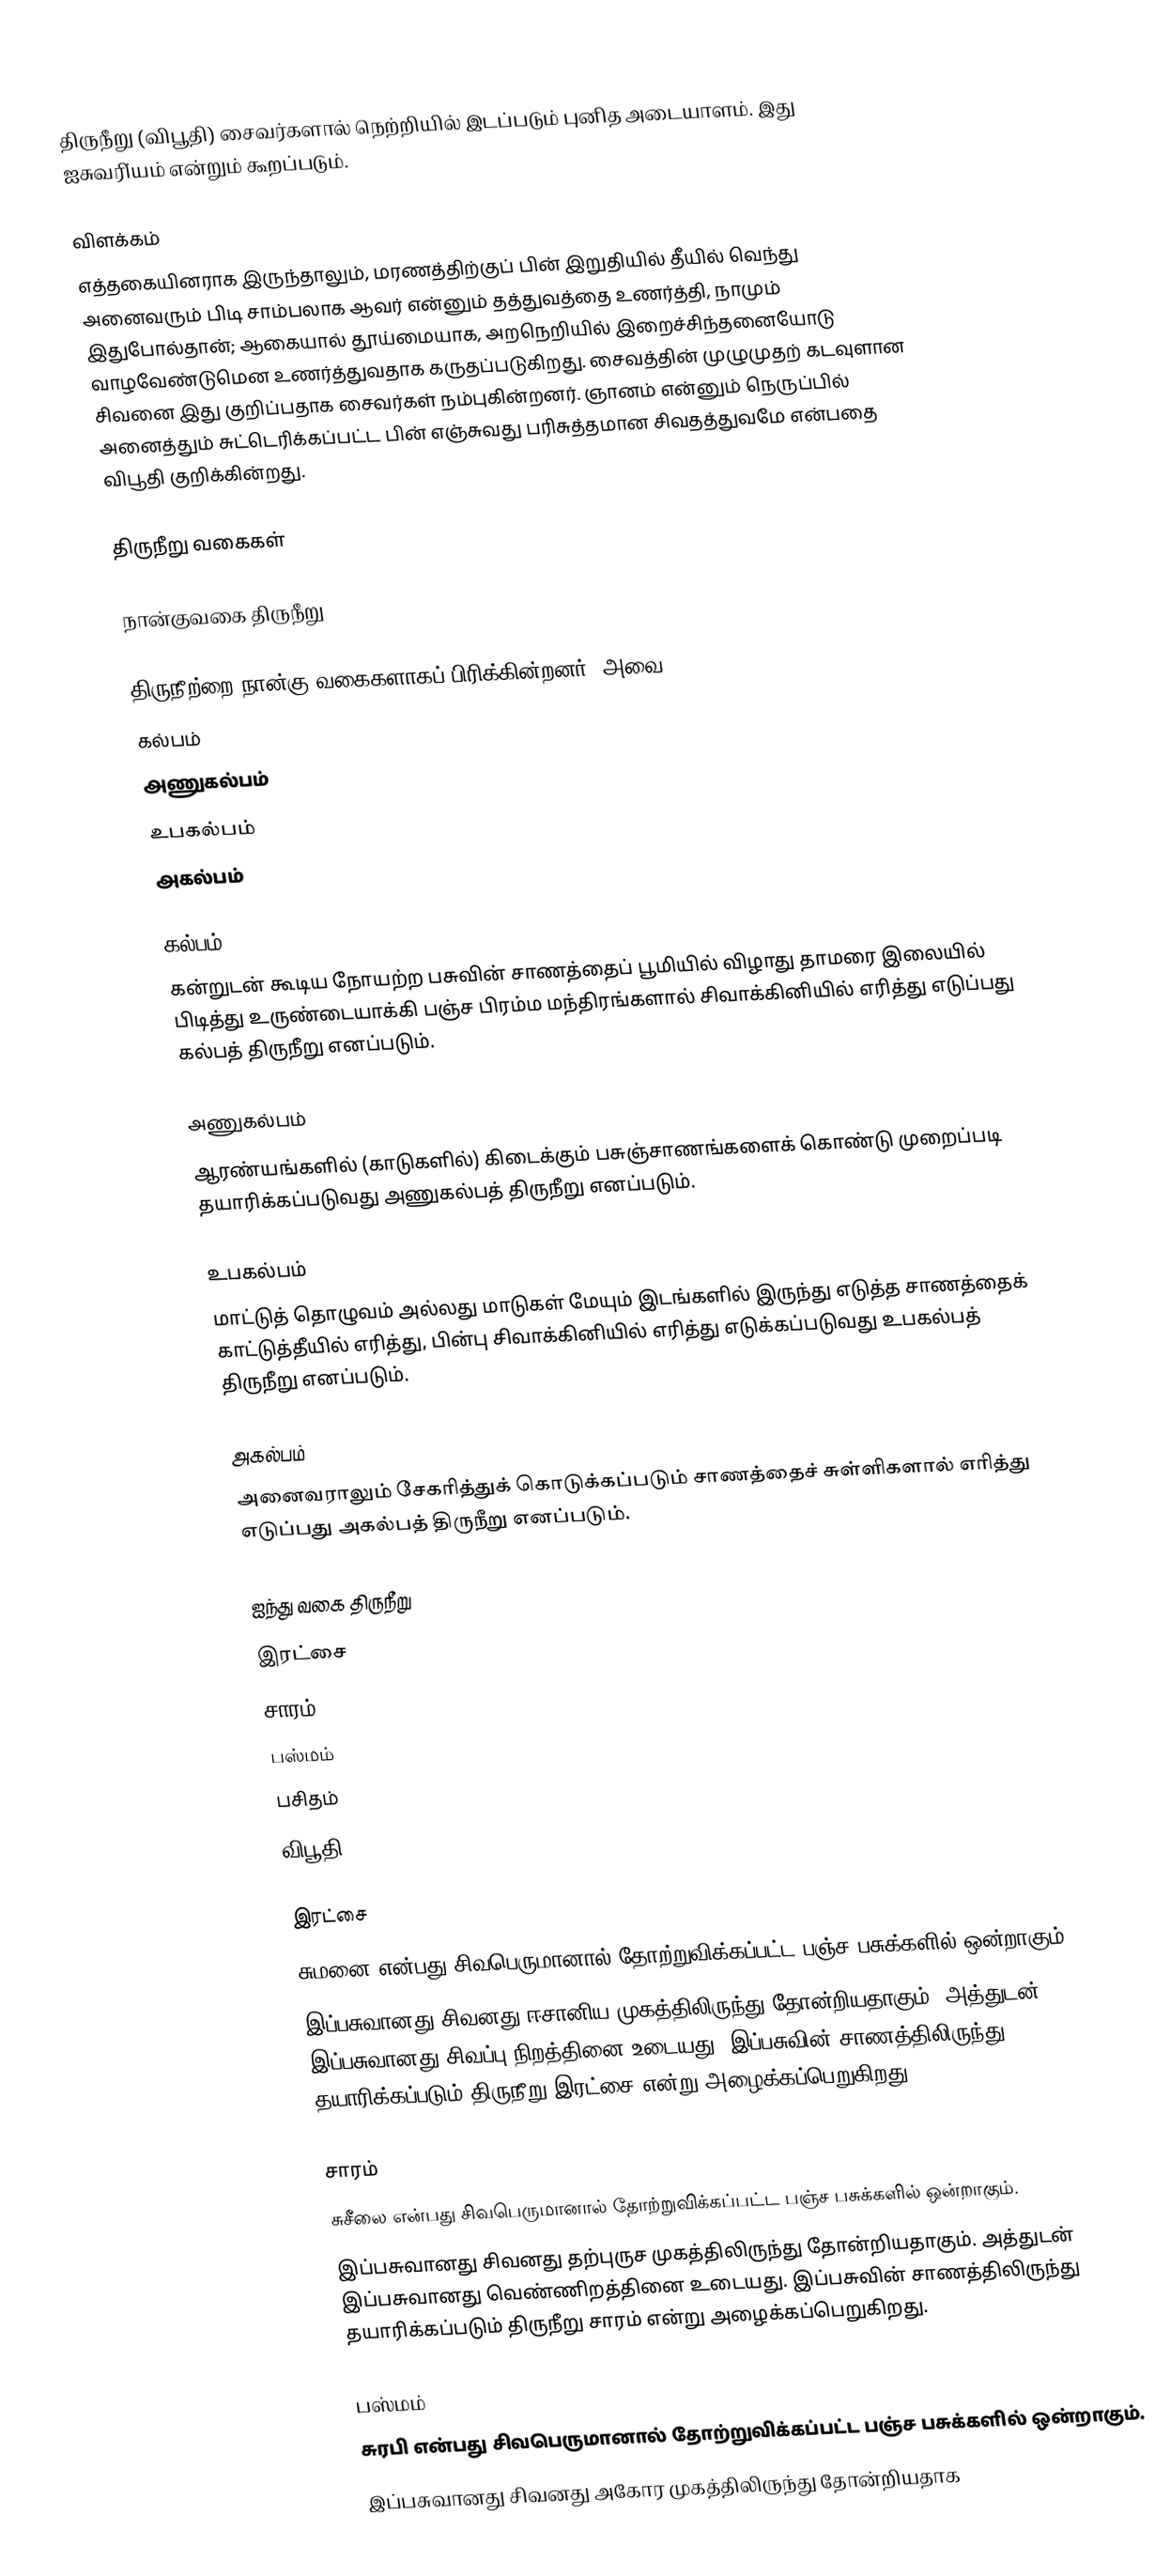
திருநீறு (விபூதி) சைவர்களால் நெற்றியில் இடப்படும் புனித அடையாளம். இது ஐசுவரி்யம் என்றும் கூறப்படும்.

விளக்கம்
எத்தகையினராக இருந்தாலும், மரணத்திற்குப் பின் இறுதியில் தீயில் வெந்து அனைவரும் பிடி சாம்பலாக ஆவர் என்னும் தத்துவத்தை உணர்த்தி, நாமும் இதுபோல்தான்; ஆகையால் தூய்மையாக, அறநெறியில் இறைச்சிந்தனையோடு வாழவேண்டுமென உணர்த்துவதாக கருதப்படுகிறது. சைவத்தின் முழுமுதற் கடவுளான சிவனை இது குறிப்பதாக சைவர்கள் நம்புகின்றனர். ஞானம் என்னும் நெருப்பில் அனைத்தும் சுட்டெரிக்கப்பட்ட பின் எஞ்சுவது பரிசுத்தமான சிவதத்துவமே என்பதை விபூதி குறிக்கின்றது.

திருநீறு வகைகள்

நான்குவகை திருநீறு

திருநீற்றை நான்கு வகைகளாகப் பிரிக்கின்றனர். அவை
கல்பம்
அணுகல்பம்
உபகல்பம்
அகல்பம்

கல்பம்
கன்றுடன் கூடிய நோயற்ற பசுவின் சாணத்தைப் பூமியில் விழாது தாமரை இலையில் பிடித்து உருண்டையாக்கி பஞ்ச பிரம்ம மந்திரங்களால் சிவாக்கினியில் எரித்து எடுப்பது கல்பத் திருநீறு எனப்படும்.

அணுகல்பம்
ஆரண்யங்களில் (காடுகளில்) கிடைக்கும் பசுஞ்சாணங்களைக் கொண்டு முறைப்படி தயாரிக்கப்படுவது அணுகல்பத் திருநீறு எனப்படும்.

உபகல்பம்
மாட்டுத் தொழுவம் அல்லது மாடுகள் மேயும் இடங்களில் இருந்து எடுத்த சாணத்தைக் காட்டுத்தீயில் எரித்து, பின்பு சிவாக்கினியில் எரித்து எடுக்கப்படுவது உபகல்பத் திருநீறு எனப்படும்.

அகல்பம்
அனைவராலும் சேகரித்துக் கொடுக்கப்படும் சாணத்தைச் சுள்ளிகளால் எரித்து எடுப்பது அகல்பத் திருநீறு எனப்படும்.

ஐந்து வகை திருநீறு
 இரட்சை
 சாரம்
 பஸ்மம்
 பசிதம்
 விபூதி

இரட்சை
சுமனை என்பது சிவபெருமானால் தோற்றுவிக்கப்பட்ட பஞ்ச பசுக்களில் ஒன்றாகும்.
இப்பசுவானது சிவனது ஈசானிய முகத்திலிருந்து தோன்றியதாகும். அத்துடன் இப்பசுவானது சிவப்பு நிறத்தினை உடையது. இப்பசுவின் சாணத்திலிருந்து தயாரிக்கப்படும் திருநீறு இரட்சை என்று அழைக்கப்பெறுகிறது.

சாரம்
சுசீலை என்பது சிவபெருமானால் தோற்றுவிக்கப்பட்ட பஞ்ச பசுக்களில் ஒன்றாகும்.
இப்பசுவானது சிவனது தற்புருச முகத்திலிருந்து தோன்றியதாகும். அத்துடன் இப்பசுவானது வெண்ணிறத்தினை உடையது. இப்பசுவின் சாணத்திலிருந்து தயாரிக்கப்படும் திருநீறு சாரம் என்று அழைக்கப்பெறுகிறது.

பஸ்மம்
சுரபி என்பது சிவபெருமானால் தோற்றுவிக்கப்பட்ட பஞ்ச பசுக்களில் ஒன்றாகும்.
இப்பசுவானது சிவனது அகோர முகத்திலிருந்து தோன்றியதாக